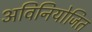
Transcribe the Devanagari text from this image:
अविनियोजित